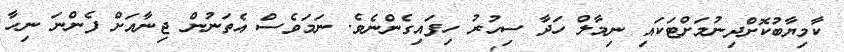
ކާމިޔާބުކޮށްދިނުމަށްޓަކައި ނިމާލް ހަދާ ސިހުރު ހިފައިގެންނެވެ. ނަމަވެސް އެތަނުން ޖިނާއަށް ފެންނަ ނިހާ